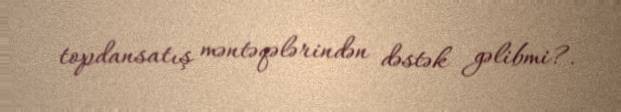
topdansatış məntəqələrindən dəstək gəlibmi?.